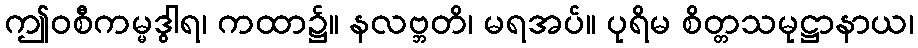
ဤဝစီကမ္မဒွါရ၊ ကထာ၌။ နလဗ္ဘတိ၊ မရအပ်။ ပုရိမ စိတ္တသမုဋ္ဌာနာယ၊